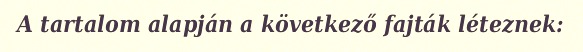
A tartalom alapján a következő fajták léteznek: